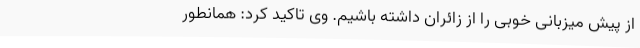
از پیش میزبانی خوبی را از زائران داشته باشیم. وی تاکید کرد: همانطور